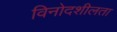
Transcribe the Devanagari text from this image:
विनोदशीलता